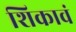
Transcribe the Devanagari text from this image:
शिकावं